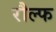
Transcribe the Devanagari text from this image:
रौल्फ